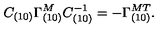
C _ { ( 1 0 ) } \Gamma _ { ( 1 0 ) } ^ { M } C _ { ( 1 0 ) } ^ { - 1 } = - \Gamma _ { ( 1 0 ) } ^ { { M } T } .